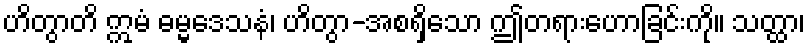
ဟိတွာတိ ဣမံ ဓမ္မဒေသနံ၊ ဟိတွာ-အစရှိသော ဤတရားဟောခြင်းကို။ သတ္ထာ၊